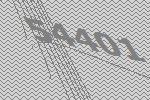
54401